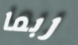
ربما